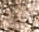
والحمد